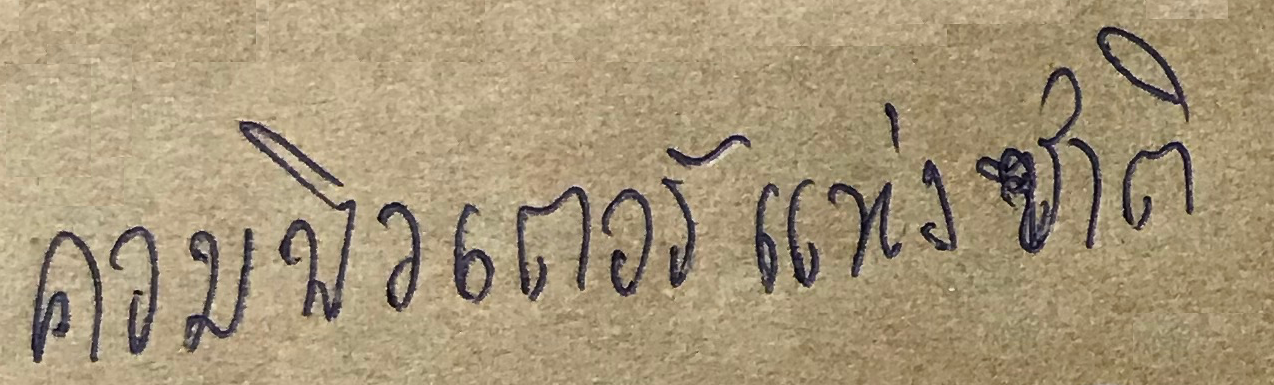
คอมพิวเตอร์แห่งซาติ